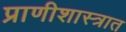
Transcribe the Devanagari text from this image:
प्राणीशास्त्रात